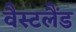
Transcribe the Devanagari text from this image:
वैस्टलैंड